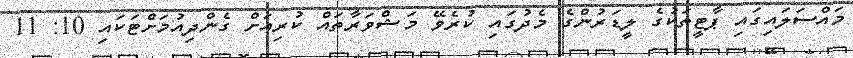
މައްސަލައިގައި ޕާޓީތަކުގެ ލީޑަރުންގެ މެދުގައި ކުރެވޭ މަޝްވަރާތައް ކުރިއަށް ގެންދިއުމަށްޓަކައި 10: 11